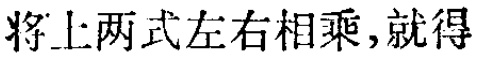
将上两式左右相乘,就得